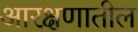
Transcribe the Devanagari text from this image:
आरक्षणातील